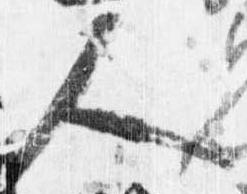
人